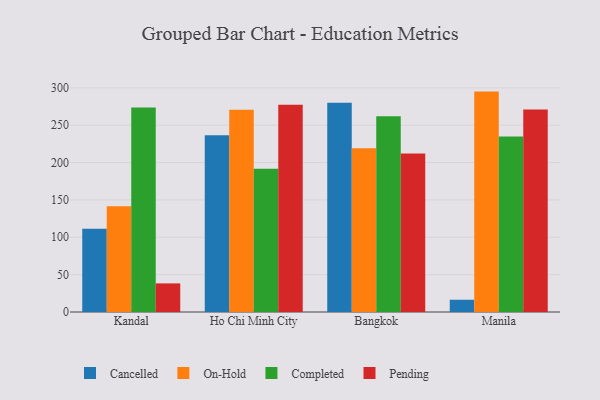
{"axis": {"x": "City", "y": "Satisfaction Score"}, "legend": ["Cancelled", "Completed", "On-Hold", "Pending"], "data": [{"x": "Kandal", "y": 111.4, "type": "Cancelled"}, {"x": "Kandal", "y": 141.5, "type": "On-Hold"}, {"x": "Kandal", "y": 273.8, "type": "Completed"}, {"x": "Kandal", "y": 38.3, "type": "Pending"}, {"x": "Ho Chi Minh City", "y": 236.7, "type": "Cancelled"}, {"x": "Ho Chi Minh City", "y": 270.7, "type": "On-Hold"}, {"x": "Ho Chi Minh City", "y": 191.6, "type": "Completed"}, {"x": "Ho Chi Minh City", "y": 277.4, "type": "Pending"}, {"x": "Bangkok", "y": 280.1, "type": "Cancelled"}, {"x": "Bangkok", "y": 219.1, "type": "On-Hold"}, {"x": "Bangkok", "y": 262.1, "type": "Completed"}, {"x": "Bangkok", "y": 212.3, "type": "Pending"}, {"x": "Manila", "y": 16.4, "type": "Cancelled"}, {"x": "Manila", "y": 295.0, "type": "On-Hold"}, {"x": "Manila", "y": 234.8, "type": "Completed"}, {"x": "Manila", "y": 271.1, "type": "Pending"}]}